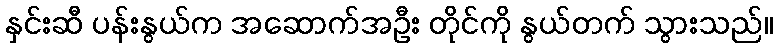
နှင်းဆီ ပန်းနွယ်က အဆောက်အဦး တိုင်ကို နွယ်တက် သွားသည်။